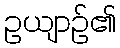
ဥယျာဉ်၏